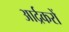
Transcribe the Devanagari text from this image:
आर्द्रकरों